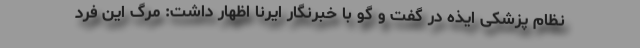
نظام پزشکی ایذه در گفت و گو با خبرنگار ایرنا اظهار داشت: مرگ این فرد